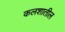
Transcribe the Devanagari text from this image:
कलशातील